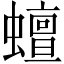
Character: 蟺